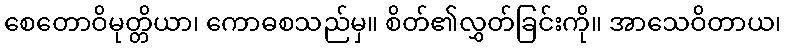
စေတောဝိမုတ္တိယာ၊ ကောဓစသည်မှ။ စိတ်၏လွှတ်ခြင်းကို။ အာသေဝိတာယ၊